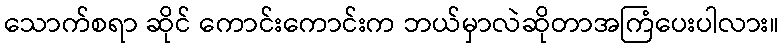
သောက်စရာ ဆိုင် ကောင်းကောင်းက ဘယ်မှာလဲဆိုတာအကြံပေးပါလား။